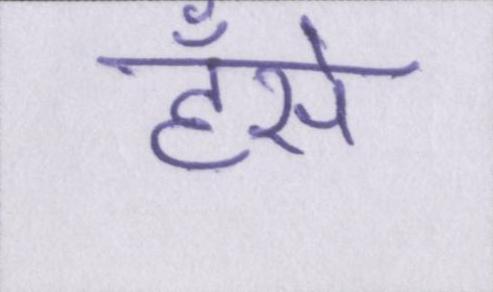
हँसे